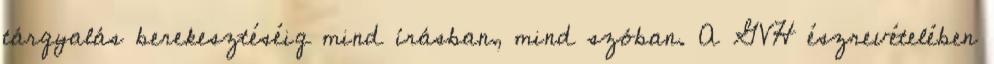
tárgyalás berekesztéséig mind írásban, mind szóban. A GVH észrevételében